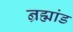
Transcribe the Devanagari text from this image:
न्रह्मांड